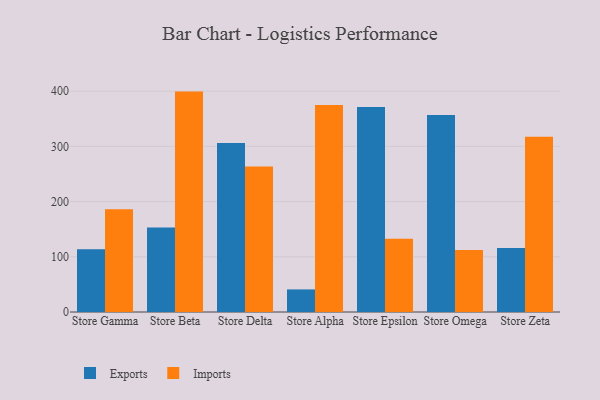
{"axis": {"x": "Store", "y": "LTV (USD)"}, "legend": ["Exports", "Imports"], "data": [{"x": "Store Gamma", "y": 113.6, "type": "Exports"}, {"x": "Store Gamma", "y": 186.3, "type": "Imports"}, {"x": "Store Beta", "y": 153.0, "type": "Exports"}, {"x": "Store Beta", "y": 399.2, "type": "Imports"}, {"x": "Store Delta", "y": 306.3, "type": "Exports"}, {"x": "Store Delta", "y": 263.5, "type": "Imports"}, {"x": "Store Alpha", "y": 40.9, "type": "Exports"}, {"x": "Store Alpha", "y": 374.9, "type": "Imports"}, {"x": "Store Epsilon", "y": 371.4, "type": "Exports"}, {"x": "Store Epsilon", "y": 132.9, "type": "Imports"}, {"x": "Store Omega", "y": 357.0, "type": "Exports"}, {"x": "Store Omega", "y": 112.5, "type": "Imports"}, {"x": "Store Zeta", "y": 116.0, "type": "Exports"}, {"x": "Store Zeta", "y": 317.2, "type": "Imports"}]}